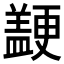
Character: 𱻒